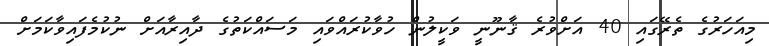
މިއަހަރުގެ ތެރޭގައި 40 އަށްވުރެ ޤާނޫނީ ވަކީލުން ހުވާކުރައްވައި މަސައްކަތުގެ ދާއިރާއަށް ނުކުމެފައިވާކަމަށް